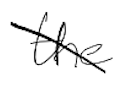
Text: the
Cross-out: diagonal
Writing tool: digital_black